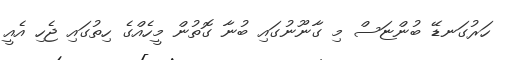
ހަރުގަނޑޭ ބުންޏަސް މި ގާނޫނުގައި ބުނާ ގޮތުން މީހެއްގެ ހިތުގައި ޖެހި އެއީ